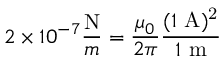
{ { 2 } \times 1 0 ^ { - 7 } { \frac { \mathrm { { N } } } { m } } } = { \frac { \mu _ { 0 } } { 2 \pi } } { \frac { ( 1 \ \mathrm { { A ) ^ { 2 } } } } { { 1 } \ \mathrm { { m } } } }